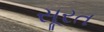
સૂરત